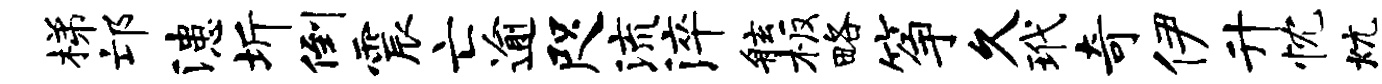
梯邙漶圻倒震亡逾咫流淬舷板略筝久玳奇伊升忱炕